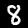
Digit: 8